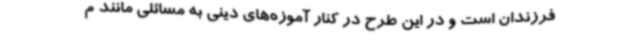
فرزندان است و در این طرح در کنار آموزه‌های دینی به مسائلی مانند م